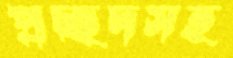
প্রচ্ছদসহ